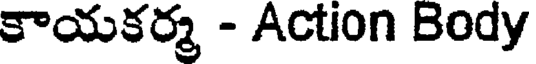
కాయకర్మ - Action Body